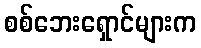
စစ်ဘေးရှောင်များက